Lunatic asylums Punjab 1881-1894 - 1881-1894
Year: 1881
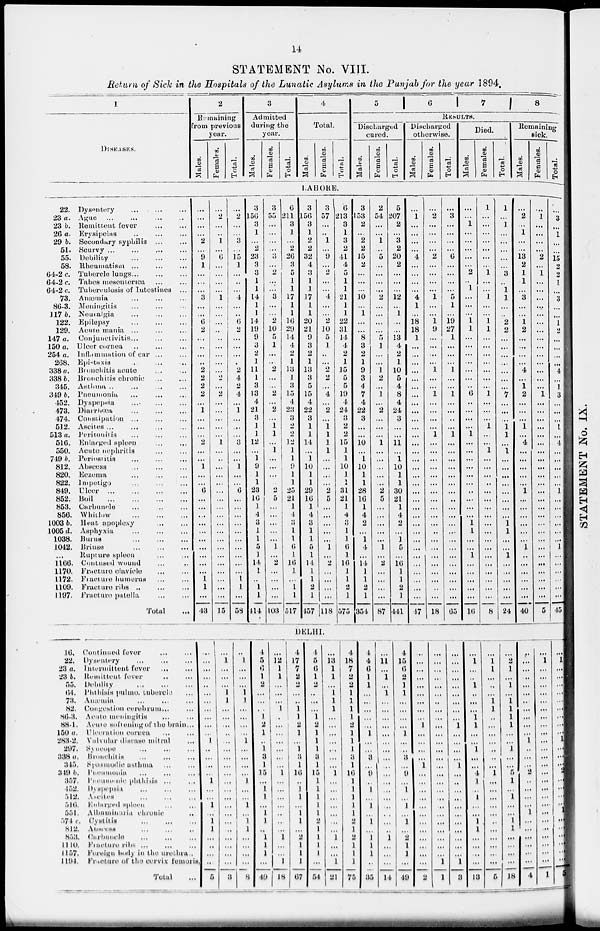
14
STATEMENT No. VIII.
Return of Sick in the Hospitals of the Lunatic Asylums in the Punjab for the year 1894.
1
DISEASES.
2
Remaining
from previous
year.
Males.
Females.
Total.
3
Admitted
during the
year.
Males.
Females.
Total.
4
Total.
Males.
Females.
Total.
5
6
7
8
RESULTS.
Discharged
cured.
Males.
Females.
Total.
Discharged
otherwise.
Males.
Females.
Total.
Died.
Males.
Females.
Total.
Remaining
sick.
Males.
Females.
Total.
LAHORE.
22. Dysentery ... ... ...
23 a. Ague
...
...
...
...
23 b. Remittent fever
...
...
26 a. Erysipelas
...
...
...
29 b. Secondary syphilis ... ...
51. Scurvy
...
...
...
...
55. Debility
...
...
...
58. Rheumatism ... ... ...
64-2 c. Tubercle lungs ... ... ...
64-2 c. Tabes mesenterica
...
...
64-2 c. Tuberculosis of Intestines ...
73. Anœmia ... ... ...
86-3. Meningitis
...
...
...
117 b. Neuralgia
...
...
...
122. Epilepsy
...
...
...
129. Acute mania ... ... ...
147 a. Conjunctivitis ... ... ...
150 a. Ulcer cornea ... ... ...
254 a. Inflammation of ear ... ...
268. Epistaxis
...
...
...
338 a. Bronchitis acute ... ...
338 b. Bronchitis chronic ... ...
345. Asthma ... ... ...
349 b. Pneumonia ... ... ...
452. Dyspepsia ... ... ...
473. Diarrhœa
...
...
...
474. Constipation ... ... ...
512. Ascites
...
...
...
513 a. Peritonitis ... ... ...
516. Enlarged spleen
...
...
550. Acute nephritis ... ...
749 b. Periostitis
...
...
...
812. Abscess
...
...
...
820. Eczema ... ... ...
822. Impetigo
...
...
...
849.
Ulcer ... ... ... ...
852. Boil
...
...
...
...
853. Carbuncle ... ... ...
856. Whitlow
...
...
...
1003 b. Heat apoplexy
...
...
1005 d. Asphyxia
...
...
...
1038. Burns
...
...
...
1042. Briuse
...
...
...
... Rupture spleen
...
...
1166. Contused wound ... ...
1170. Fracture clavicle
...
...
1172. Fracture humerus
...
...
1109. Fracture ribs
...
...
...
1197. Fracture patella
...
...
Total ...
...
...
...
...
2
...
9
1
...
...
...
3
...
...
6
2
...
...
...
...
2
2
2
2
...
1
...
...
...
2
...
...
1
...
...
6
...
...
...
...
...
...
...
...
...
...
1
1
...
43
...
2
...
...
1
...
6
...
...
...
...
1
...
...
...
...
...
...
...
...
...
2
...
2
...
...
...
...
...
1
...
...
...
...
...
...
...
...
...
...
...
...
...
...
...
...
...
...
...
15
...
2
...
...
3
...
15
1
...
...
...
4
...
...
6
2
...
...
...
...
2
4
2
4
...
1
...
...
...
3
...
...
1
...
...
6
...
...
...
...
...
...
...
...
...
...
1
1
...
58
3
156
3
1
...
2
23
3
3
1
1
14
1
1
14
19
9
3
2
1
11
1
3
13
4
21
3
1
1
12
...
1
9
1
1
23
16
1
4
3
1
1
5
1
14
1
...
1
1
414
3
55
...
...
...
...
3
...
2
...
...
3
...
...
2
10
5
1
...
...
2
...
...
2
...
2
...
1
1
...
1
...
...
...
...
2
5
...
...
...
...
...
1
...
2
...
...
...
...
103
6
211
3
1
...
2
26
3
5
1
1
17
1
1
16
29
14
4
2
1
13
1
3
15
4
23
3
2
2
12
1
1
9
1
1
25
21
1
4
3
1
1
6
1
16
1
...
1
1
517
3
156
3
1
2
2
32
4
3
1
1
17
1
1
20
21
9
3
2
1
13
3
5
15
4
22
3
1
1
14
...
1
10
1
1
29
16
1
4
3
1
1
5
1
14
1
1
2
1
457
3
57
...
...
1
...
9
...
2
...
...
4
...
...
2
10
5
1
...
...
2
2
...
4
...
2
...
1
1
1
1
...
...
...
...
2
5
...
...
...
...
...
1
...
2
...
...
...
...
118
6
213
3
1
3
2
41
4
5
1
1
21
1
1
22
31
14
4
2
1
15
5
5
19
4
24
3
2
2
15
1
1
10
1
1
31
21
1
4
3
1
1
6
1
16
1
1
2
1
575
3
153
2
...
2
2
15
2
...
...
...
10
...
1
...
...
8
3
2
1
9
3
4
7
4
22
3
...
...
10
...
1
10
1
1
28
16
1
4
2
...
1
4
...
14
1
1
2
1
354
2
54
...
...
1
...
5
...
...
...
...
2
...
...
...
...
5
1
...
...
1
2
...
1
...
2
...
...
...
1
...
...
...
...
...
2
5
...
...
...
...
...
1
...
2
...
...
...
...
87
5
207
2
...
3
2
20
2
...
...
...
12
...
1
...
...
13
4
2
1
10
5
4
8
4
24
3
...
...
11
...
1
10
1
1
30
21
1
4
2
...
1
5
...
16
1
1
2
1
441
...
1
...
...
...
...
4
...
...
...
...
4
1
...
18
18
1
...
...
...
...
...
...
...
...
...
...
...
...
...
...
...
...
...
...
...
...
...
...
...
...
...
...
...
...
...
...
...
...
47
...
2
...
...
...
...
2
...
...
...
...
1
...
...
1
9
...
...
...
...
1
...
...
1
...
...
...
...
1
...
...
...
...
...
...
...
...
...
...
...
...
...
...
...
...
...
...
...
...
18
...
3
...
...
...
...
6
...
...
...
...
5
1
...
19
27
1
...
...
...
1
...
...
1
...
...
...
...
1
...
...
...
...
...
...
...
...
...
...
...
...
...
...
...
...
...
...
...
...
65
...
...
1
...
...
...
...
...
2
...
1
...
...
...
1
1
...
...
...
...
...
...
...
6
...
...
...
...
1
...
...
...
...
...
...
...
...
...
...
1
1
...
...
1
...
...
....
...
...
16
1
...
...
...
...
...
...
...
1
...
...
1
...
...
1
1
...
...
...
...
...
...
...
1
...
...
...
1
...
...
1
...
...
...
...
...
...
...
...
...
...
...
...
...
...
...
...
...
...
8
1
...
1
...
...
...
...
...
3
...
1
1
...
...
2
2
...
...
...
...
...
...
...
7
...
...
...
1
1
...
1
...
...
...
...
...
...
...
...
1
1
...
...
1
...
...
...
...
...
24
...
2
...
1
...
...
13
2
1
1
...
3
...
...
1
2
...
...
...
...
4
...
1
2
...
...
...
1
...
4
...
...
...
...
...
1
...
...
...
...
...
...
1
..
...
...
...
...
...
40
...
1
...
...
...
...
2
...
1
...
...
...
...
...
...
...
...
...
...
...
...
...
...
1
...
...
...
...
...
...
...
...
...
...
...
...
...
...
...
...
...
...
...
...
...
...
...
...
...
5
...
3
...
1
...
...
15
2
2
1
...
3
...
...
1
2
...
...
...
...
4
...
1
3
...
...
...
1
...
4
...
...
...
...
...
1
...
...
...
...
...
...
1
...
...
...
...
...
...
45
DELHI.
16. Continued fever
...
...
22. Dysentery
...
...
...
23 a. Intermittent fever ... ... ...
23 b. Remittent fever ... ... ...
55. Debility
...
...
...
64. Phthisis pulmo. tubercle ...
73.
Anœmia ... ... ...
82. Congestion cerebrum ... ... ...
86-3. Acute meningitis ... ... ...
88-1. Acute softening of the brain ...
150 a. Ulceration cornea
...
...
283-2. Valvular disease mitral ...
297. Syncope
...
...
...
338 a. Bronchitis
...
...
...
345. Spasmodic asthma ... ... ...
349 b. Pneumonia
...
...
...
357. Pneumonic phthisis ... ... ...
452. Dyspepsia
...
...
...
512. Ascites
...
...
...
516. Enlarged spleen ... ... ...
551. Albuminuria chronic ...
574 c. Cystitis
...
...
...
812. Abscess ... ... ...
853. Carbuncle
...
...
...
1110. Fracture ribs ... ... ...
1157. Foreign body in the urethra.
1194. Fracture of the cervix femoris,
Total ...
...
...
...
...
...
...
...
...
...
...
...
1
...
...
...
...
1
...
...
1
...
1
1
...
...
...
...
5
...
1
...
...
...
1
1
...
...
...
...
...
...
...
...
...
...
...
...
...
...
...
...
...
...
...
...
3
...
1
...
...
...
1
1
...
...
...
...
1
...
...
...
...
1
...
...
1
...
1
1
...
...
...
...
8
4
5
6
1
2
...
...
...
1
2
1
...
1
3
1
15
...
1
1
...
1
1
...
1
1
1
...
49
...
12
1
1
...
...
...
1
...
...
...
...
...
...
...
1
...
...
...
...
...
...
...
1
...
...
1
18
4
17
7
2
2
...
...
1
1
2
1
...
1
3
1
16
...
1
1
...
1
1
...
2
1
1
1
67
4
5
6
1
2
...
...
...
1
2
1
1
1
3
1
15
1
1
1
1
1
2
1
1
1
1
...
54
...
13
1
1
...
1
1
1
...
...
...
...
...
...
...
1
...
...
...
...
...
...
...
1
...
...
1
21
4
18
7
2
2
1
1
1
1
2
1
1
1
3
1
16
1
1
1
1
1
2
1
2
1
1
1
75
4
4
6
1
1
...
...
...
...
...
1
... ...
3
...
9
...
1
...
1
...
1
...
1
1
1
...
35
...
11
...
1
...
1
...
...
...
...
...
...
...
...
...
...
...
...
...
...
...
...
...
1
...
...
...
l4
4
15
6
2
1
1
...
...
...
...
1
...
...
3
...
9
...
1
...
1
...
1
...
2
1
1
...
49
...
...
...
...
...
...
...
...
...
1
...
...
...
....
1
...
...
...
...
...
...
...
...
...
...
...
...
2
...
...
...
...
...
...
...
...
...
...
...
...
...
...
...
...
...
...
...
...
...
...
...
...
...
...
1
1
...
...
...
...
...
...
...
...
...
1
...
...
...
...
1
...
...
...
...
...
...
...
...
...
...
...
1
3
...
1
...
...
1
...
...
...
1
1
...
...
1
...
...
4
1
...
1
...
...
1
1
...
...
...
...
13
...
1
1
...
...
...
1
1
...
...
...
...
...
...
...
1
...
...
...
...
...
...
...
...
...
...
...
5
...
2
1
...
1
...
1
1
1
1
...
...
1
...
...
5
1
...
1
...
...
1
1
...
...
...
...
18
...
...
...
...
...
...
...
...
...
...
...
1
...
...
...
2
...
...
...
...
1
...
...
...
...
...
...
4
...
1
...
...
...
...
...
...
...
...
...
...
...
...
...
...
...
...
...
...
...
...
...
...
...
...
...
1
...
1
...
...
...
...
...
...
...
...
...
1
...
...
...
2
...
...
...
...
1
...
...
...
...
...
...
4